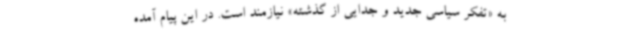
به «تفکر سیاسی جدید و جدایی از گذشته» نیازمند است. در این پیام آمده